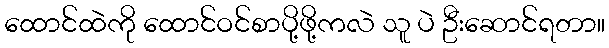
ထောင်ထဲကို ထောင်ဝင်စာပို့ဖို့ကလဲ သူ ပဲ ဦးဆောင်ရတာ။